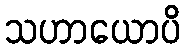
သဟာယောပိ